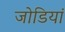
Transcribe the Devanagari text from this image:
जोडियां